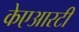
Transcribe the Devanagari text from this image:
केएआरटी